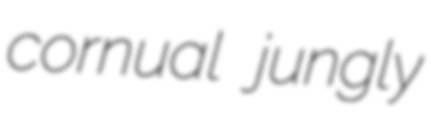
cornual jungly